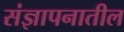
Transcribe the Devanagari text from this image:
संज्ञापनातील